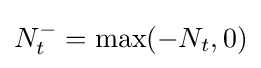
N_{t}^{-}=\max(-N_{t},0)